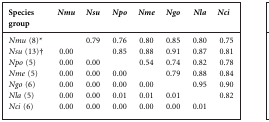
| Species group | Nmu | Nsu | Npo | Nme | Ngo | Nla | Nci |
 | --- | --- | --- | --- | --- | --- | --- | --- |
 | Nmu (8)* |  | 0.79 | 0.76 | 0.80 | 0.85 | 0.80 | 0.75 |
 | Nsu (13)† | 0.00 |  | 0.85 | 0.88 | 0.91 | 0.87 | 0.81 |
 | Npo (5) | 0.00 | 0.00 |  | 0.54 | 0.74 | 0.82 | 0.78 |
 | Nme (5) | 0.00 | 0.00 | 0.00 |  | 0.79 | 0.88 | 0.84 |
 | Ngo (6) | 0.00 | 0.00 | 0.00 | 0.00 |  | 0.95 | 0.90 |
 | Nla (5) | 0.00 | 0.00 | 0.01 | 0.01 | 0.01 |  | 0.82 |
 | Nci (6) | 0.00 | 0.00 | 0.00 | 0.00 | 0.00 | 0.01 |  |